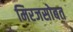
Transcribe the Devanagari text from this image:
मिरजसोबत